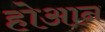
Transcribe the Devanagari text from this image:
होआन